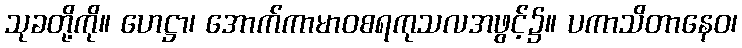
သုခတို့ကို။ ဟေဋ္ဌာ၊ အောက်ကာမာဝစရကုသလအဖွင့်၌။ ပကာသိတာနေဝ၊